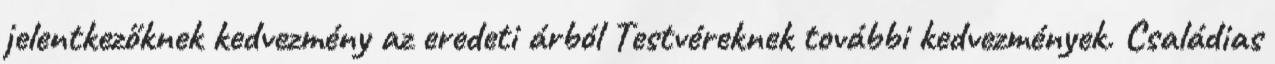
jelentkezőknek kedvezmény az eredeti árból Testvéreknek további kedvezmények. Családias